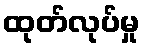
ထုတ်လုပ်မှု